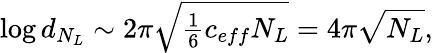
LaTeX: \log d_{N_{L}}\sim{2\pi\sqrt{\textstyle{\frac{1}{6}}c_{eff}N_{L}}}=4\pi\sqrt{N_{L}},